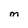
Character: m